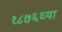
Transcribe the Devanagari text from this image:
१८७६च्या